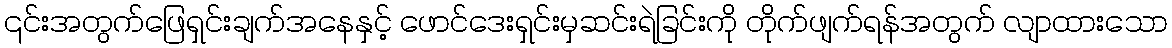
၎င်းအတွက်ဖြေရှင်းချက်အနေနှင့် ဖောင်ဒေးရှင်းမှဆင်းရဲခြင်းကို တိုက်ဖျက်ရန်အတွက် လျာထားသော